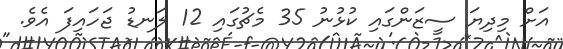
އަށް މިދިޔަ ސީޒަންގައި ކުޅުނު 35 މެޗުގައި 12 ލަނޑު ޖަހައިފަ އެވެ.